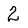
Character: 2